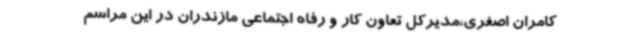
کامران اصغری،مدیرکل تعاون کار و رفاه اجتماعی مازندران در این مراسم